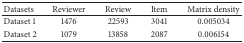
<table><thead><tr><td><b>Datasets </b></td><td><b>Reviewer </b></td><td><b>Review </b></td><td><b>Item </b></td><td><b>Matrix density</b></td></tr></thead><tbody><tr><td>Dataset 1 </td><td>1476 </td><td>22593 </td><td>3041 </td><td>0.005034 </td></tr><tr><td>Dataset 2 </td><td>1079 </td><td>13858 </td><td>2087 </td><td>0.006154 </td></tr></tbody></table>